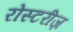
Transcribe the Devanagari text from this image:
रोस्टरीज़